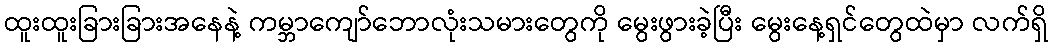
ထူးထူးခြားခြားအနေနဲ့ ကမ္ဘာကျော်ဘောလုံးသမားတွေကို မွေးဖွားခဲ့ပြီး မွေးနေ့ရှင်တွေထဲမှာ လက်ရှိ